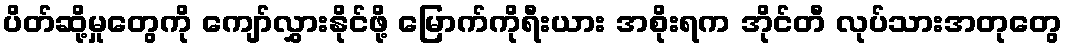
ပိတ်ဆို့မှုတွေကို ကျော်လွှားနိုင်ဖို့ မြောက်ကိုရီးယား အစိုးရက အိုင်တီ လုပ်သားအတုတွေ